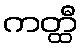
ကတ္ထီ